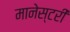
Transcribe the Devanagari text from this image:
मानेस्टरी